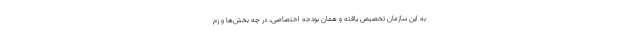
به این سازمان تخصیص یافته و همان بودجه اختصاصی، در چه بخش‌ها و زم